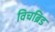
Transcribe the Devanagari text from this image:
विचब्रिड